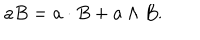
a B = a \cdot B + a \wedge B .